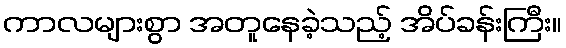
ကာလများစွာ အတူနေခဲ့သည့် အိပ်ခန်းကြီး။